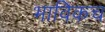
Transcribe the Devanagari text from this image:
भाविकच